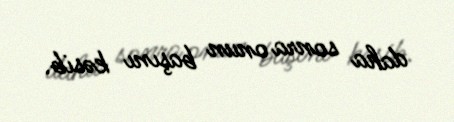
daha sonra onun başını kəsib.